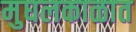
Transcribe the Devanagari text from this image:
मुघलकाळात